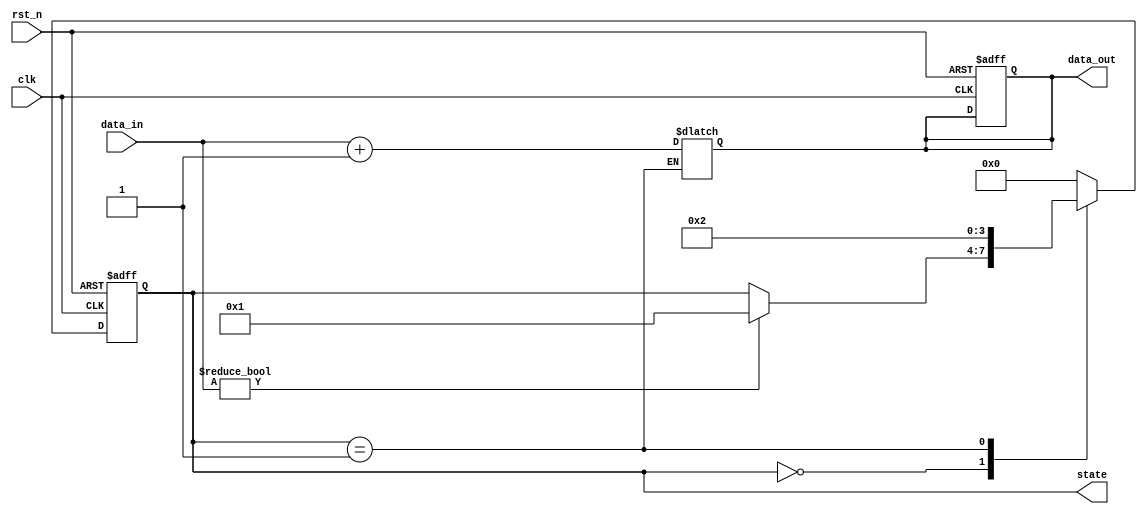
module reset_condition(
    input wire clk,               // Clock signal
    input wire rst_n,            // Active-low reset signal
    input wire [7:0] data_in,    // Input data signal
    output reg [7:0] data_out,    // Output data signal
    output reg [3:0] state       // Internal state signal
);

// State encoding
localparam IDLE    = 4'b0000;
localparam PROCESS = 4'b0001;
localparam DONE    = 4'b0010;

// Internal state variable
reg [3:0] next_state;

// Synchronous reset logic
always @(posedge clk or negedge rst_n) begin
    if (!rst_n) begin
        // Reset condition is met, set state to IDLE
        state <= IDLE;
        data_out <= 8'b0; // Reset output data
    end else begin
        // State transition logic
        state <= next_state;
    end
end

// Combinational logic for state transitions and output data
always @(*) begin
    // Default assignments
    next_state = state; // Hold current state by default
    data_out = data_out; // Hold current output by default

    case (state)
        IDLE: begin
            if (data_in != 8'b0) begin
                next_state = PROCESS; // Transition to PROCESS state
            end
        end
        PROCESS: begin
            // Process input data (example operation)
            data_out = data_in + 1; // Example processing
            next_state = DONE; // Transition to DONE state
        end
        DONE: begin
            // After processing, return to IDLE
            next_state = IDLE;
        end
        default: begin
            next_state = IDLE; // Default to IDLE state
        end
    endcase
end

endmodule